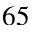
6 5